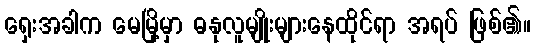
ရှေးအခါက မေမြို့မှာ ဓနုလူမျိုးများနေထိုင်ရာ အရပ် ဖြစ်၏။